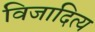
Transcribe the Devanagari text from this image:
विजादित्य